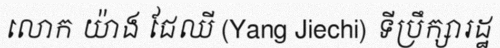
លោក យ៉ាង ជែឈី (Yang Jiechi) ទីប្រឹក្សារដ្ឋ